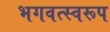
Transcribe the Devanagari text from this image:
भगवत्स्वरूप